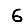
Digit: 6